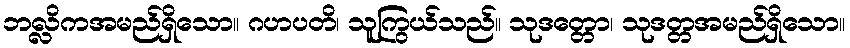
ဘလ္လိကအမည်ရှိသော။ ဂဟပတိ၊ သူကြွယ်သည်။ သုဒတ္တော၊ သုဒတ္တအမည်ရှိသော။